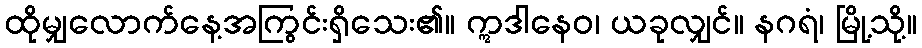
ထိုမျှလောက်နေ့အကြွင်းရှိသေး၏။ ဣဒါနေဝ၊ ယခုလျှင်။ နဂရံ၊ မြို့သို့။